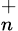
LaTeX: _{n}^{+}